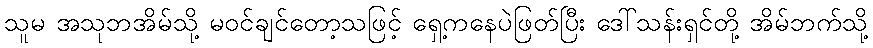
သူမ အသုဘအိမ်သို့ မဝင်ချင်တော့သဖြင့် ရှေ့ကနေပဲဖြတ်ပြီး ဒေါ်သန်းရှင်တို့ အိမ်ဘက်သို့